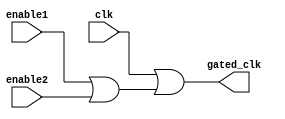
module clock_gating (
    input wire clk,           // Main clock input
    input wire enable1,      // First enable signal
    input wire enable2,      // Second enable signal
    output wire gated_clk     // Gated clock output
);

// OR gate logic to control the gated clock
assign gated_clk = clk | (enable1 | enable2);

endmodule